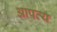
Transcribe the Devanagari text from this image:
आपत्य